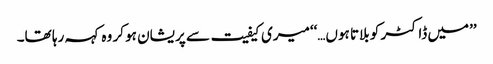
’’میں ڈاکٹر کو بلاتا ہوں…‘‘میری کیفیت سے پریشان ہو کر وہ کہہ رہا تھا۔